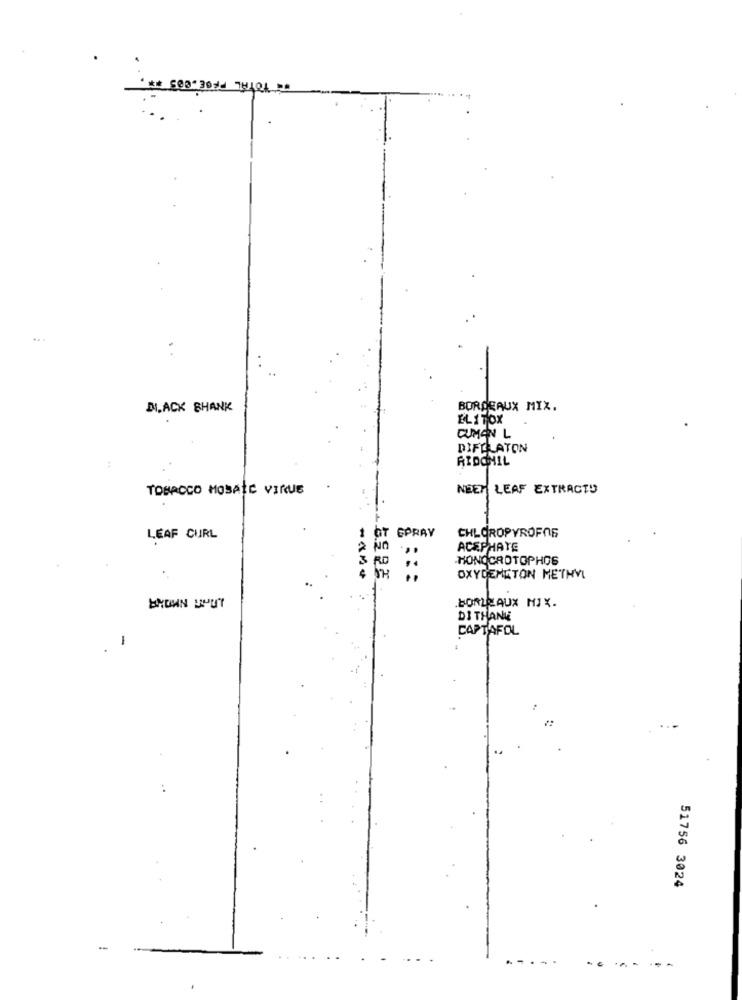
DI. ACK SHANK
BORDEAUX MIX.
ELITOX
CUIMAN L
DIFPLATON
RIDOMIL
TOBACCO MOSAIC VIRUE
NEET LEAF EXTRACTD
GPRAY
CHLOROPYROFOG
LEAF CURL
ACEPHE
APARTE
RD
MONOCROTOPHOS
OXYDEMETON METHYL
.BORRAUX MIX.
DI THANE
CAPTAFOL
-
51756 3024
.......